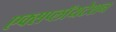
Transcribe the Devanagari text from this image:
एक्सप्लॉयटेशन